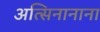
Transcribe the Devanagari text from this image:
अत्सिनानाना